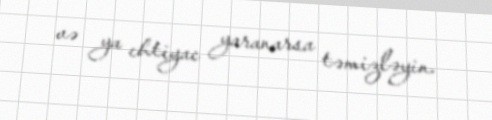
və ya ehtiyac yaranarsa təmizləyin.